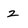
Character: z